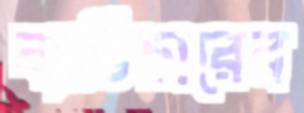
ব্যাভিচারের